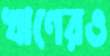
ঋণেরও